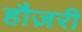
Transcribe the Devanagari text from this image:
हौज़री